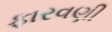
ફારવણી